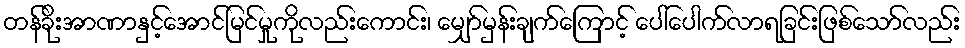
တန်ခိုးအာဏာနှင့်အောင်မြင်မှုကိုလည်းကောင်း၊ မျှော်မှန်းချက်ကြောင့် ပေါ်ပေါက်လာရခြင်းဖြစ်သော်လည်း